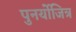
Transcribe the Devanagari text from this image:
पुनर्योजित्र